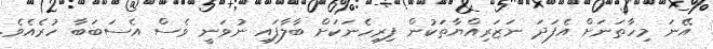
އޭނަ މިހާތަނަށް އެފަދަ ނަޒަރިއްޔާތަކުން ފިރިހެނަކަށް ބާލާފައި ނުވަނީ ވެސް އެސަބަބާ ހުރެއެވެ.